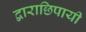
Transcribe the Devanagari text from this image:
द्वाराछिपायी